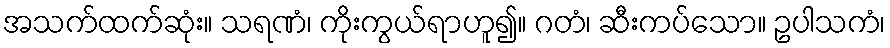
အသက်ထက်ဆုံး။ သရဏံ၊ ကိုးကွယ်ရာဟူ၍။ ဂတံ၊ ဆီးကပ်သော။ ဥပါသကံ၊